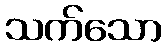
သက်သော